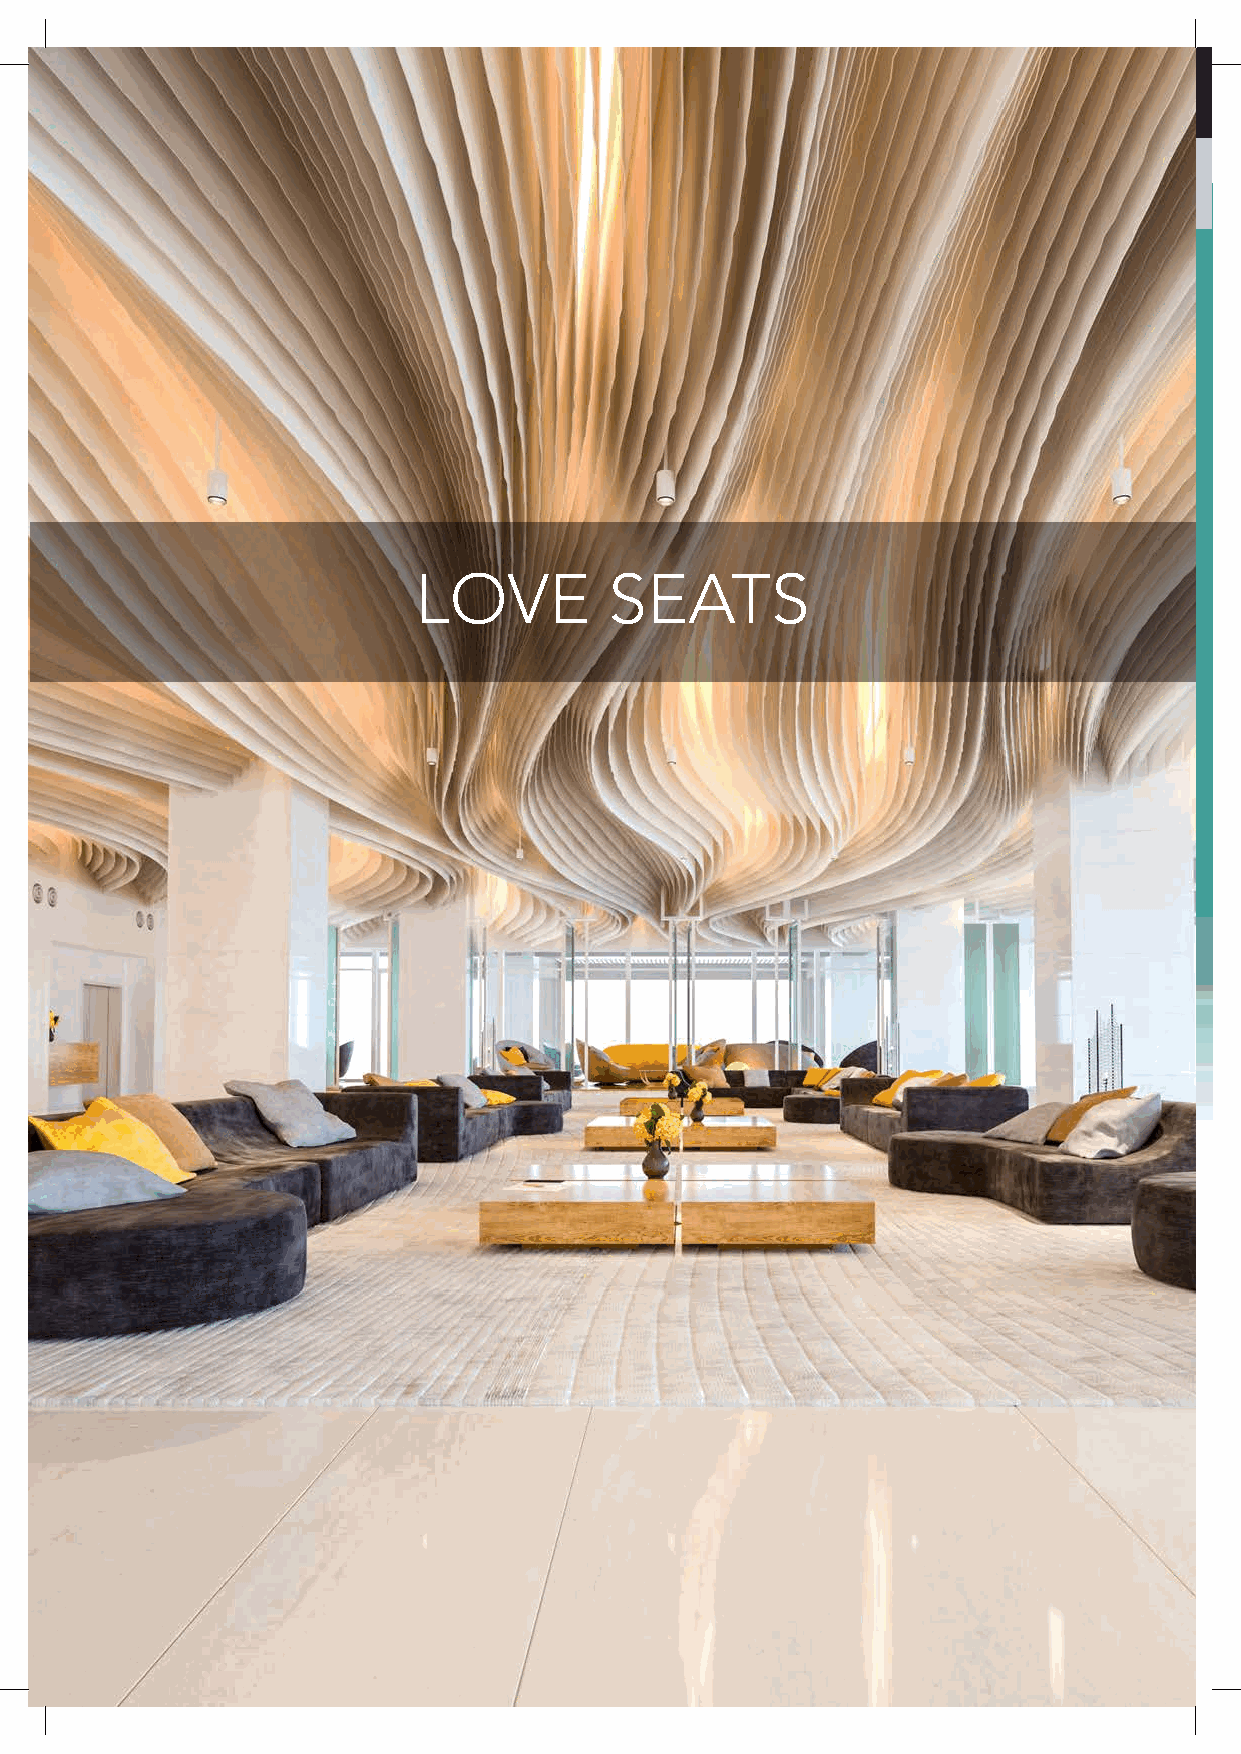
ARMCHAIRS      & SOFAS
 LOVE         SEATS
 174 All items available in a range of colours, including customers own materials. Items also available in frame only.
 GNITAES
 EGNUOL